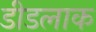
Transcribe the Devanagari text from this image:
डीडलाक